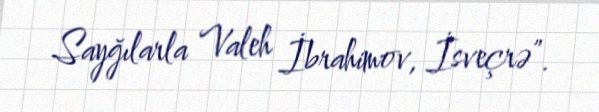
Sayğılarla Valeh İbrahimov, İsveçrə”.